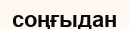
соңғыдан